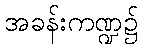
အခန်းကဏ္ဍ၌